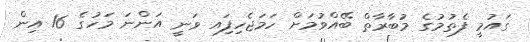
ގައުމީ ފެތުމުގެ މުބާރާތް ބޭއްވުމަށް ހަމަޖެހިފަިއ ވަނީ އަންނަ މަހުގެ 16 އިން